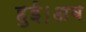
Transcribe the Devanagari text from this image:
हुई।अब